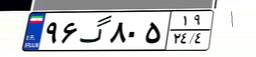
۹۶گ۸۰۵۱۹